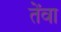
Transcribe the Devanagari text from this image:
तेंवा